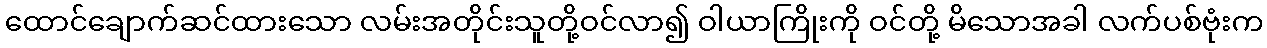
ထောင်ချောက်ဆင်ထားသော လမ်းအတိုင်းသူတို့ဝင်လာ၍ ဝါယာကြိုးကို ဝင်တို့ မိသောအခါ လက်ပစ်ဗုံးက